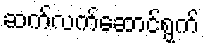
ဆက်လက်ဆောင်ရွက်